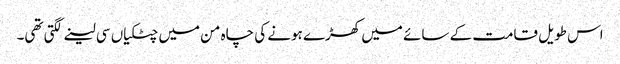
اس طویل قامت کے سائے میں کھڑے ہونے کی چاہ من میں چٹکیاں سی لینے لگتی تھی۔